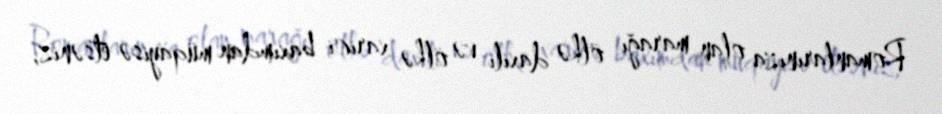
Romanlarınıza olan marağı ölkə daxili və ölkə xarici baxımdan müqayisə etsəniz,